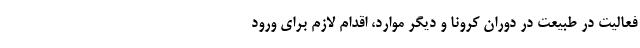
فعالیت در طبیعت در دوران کرونا و دیگر موارد، اقدام لازم برای ورود